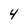
Character: 4